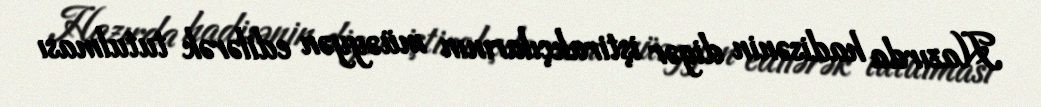
Hazırda hadisənin digər iştirakçılarının müəyyən edilərək tutulması